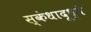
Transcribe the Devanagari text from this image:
स्कंधादूध्वँ